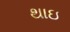
થાઇ